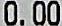
0.00